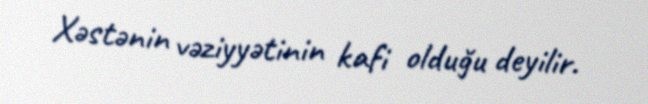
Xəstənin vəziyyətinin kafi olduğu deyilir.